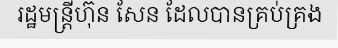
រដ្ឋមន្ត្រីហ៊ុន សែន ដែលបានគ្រប់គ្រង